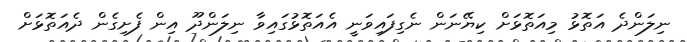
ނިލަންދެ އަތޮޅު މިއަތޮޅަށް ކިޔޭނަން ނެގިފައިވަނީ އެއަތޮޅުގައިވާ ނިލަންދޫ އިން ފެށިގެން ދެއަތޮޅަށް